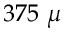
3 7 5 \ \mu